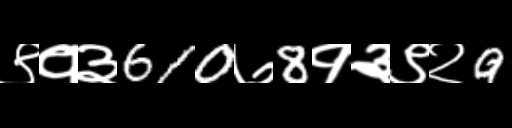
Text: ९१३610७8१३९२9